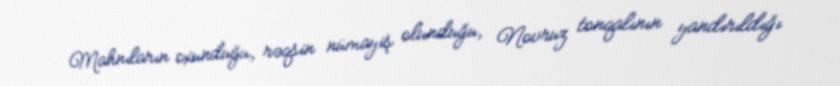
Mahnıların oxunduğu, rəqsin nümayiş olunduğu, Novruz tonqalının yandırıldığı